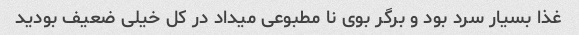
غذا بسیار سرد بود و برگر بوی نا مطبوعی میداد در کل خیلی ضعیف بودید